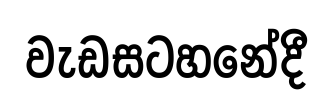
වැඩසටහනේදී